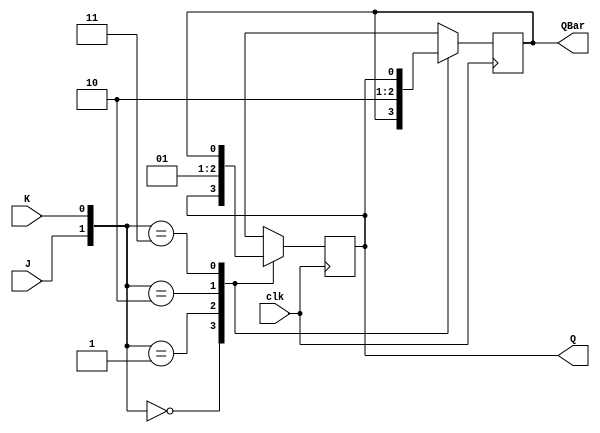
`timescale 1ns / 1ps

module jk_ff_behavioural(
    input J,
    input K,
    input clk,
    output reg Q,
    output reg QBar
     );
always @(posedge clk)
begin
case({J,K})
0:begin
 Q <= Q;
 QBar <= QBar;
 end
1:begin 
 Q <= 1'b0;
 QBar <= 1'b1;
 end
2:begin
 Q <= 1'b1;
 QBar <= 1'b0;
 end
3:begin
 Q <= QBar;
 QBar <= Q;
 end
endcase
end
endmodule